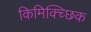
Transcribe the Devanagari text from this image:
किमिक्च्छिक